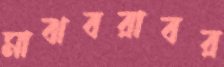
মাঝবরাবর